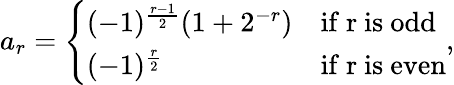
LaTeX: a_{r}={\left\{ \begin{array}{ll}{(-1)^{\frac{r-1}{2}}(1+2^{-r})}&{{\mathrm{if~r~is~odd}}}\\ {(-1)^{\frac{r}{2}}}&{{\mathrm{if~r~is~even}}}\end{array}\right.},